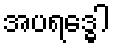
အပရဒ္ဓေါ